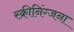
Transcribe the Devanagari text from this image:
स्क्रीनिंग्जना